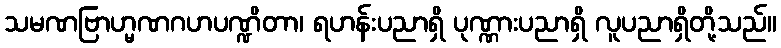
သမဏဗြာဟ္မဏဂဟပဏ္ဍိတာ၊ ရဟန်းပညာရှိ ပုဏ္ဏားပညာရှိ လူပညာရှိတို့သည်။